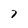
Character: 7